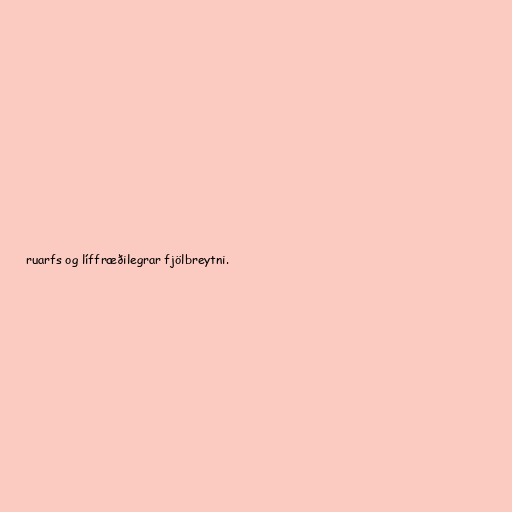
ruarfs og líffræðilegrar fjölbreytni.